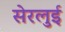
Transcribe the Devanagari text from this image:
सेरलुई